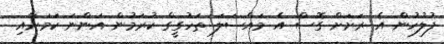
ފުލުހުން އެ ރަށަށް ގޮސް އެ މައްސަލަ ތަހުގީގް ކުރަމުން އަންނަ ކަމަށާއި